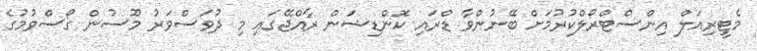
މެޓީރިއަލް އިންސްޓްރޯލްކުރުމަށް ބޭނުންވާ ޑްރައި ކޮންޑިޝަން ރާއްޖޭގައި މި ދުވަސްވަރު މޫސުން ގޯސްވުމުގެ